Vaccination in the Punjab 1897-1904 - 1897-1904
Year: 1897
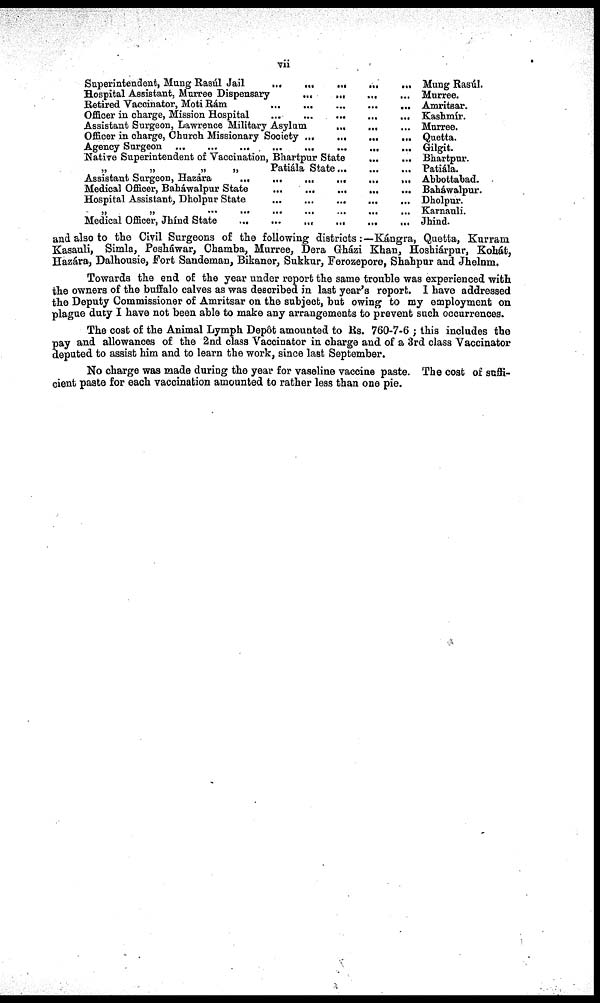
vii
Superintendent, Mung Rasúl Jail
...
...
...
...
...
Hospital Assistant, Murree Dispensary
...
...
...
...
Retired Vaccinator, Moti Rám
...
...
...
...
Officer in charge, Mission Hospital
...
...
...
...
Assistant Surgeon, Lawrence Military Asylum ... ... ...
Officer in charge, Church Missionary Society
...
...
...
Agency Surgeon
...
...
...
...
...
...
...
...
Native Superintendent of Vaccination, Bhartpur State ... ...
„
„
„
„
Patiála State
...
...
...
Assistant Surgeon, Hazára
...
...
...
...
...
...
Medical Officer, Baháwalpur State
...
...
...
...
...
Hospital Assistant, Dholpur State ... ... ... ...
„
„
...
...
...
... ... ...
Medical Officer, Jhínd State
...
...
...
...
...
...
Mung Rasúl.
Murree.
Amritsar.
Kashmír.
Murree.
Quetta.
Gilgit.
Bhartpur.
Patiála.
Abbottabad.
Baháwalpur.
Dholpur.
Karnauli.
Jhind.
and also to the Civil Surgeons of the following districts:—Kángra, Quetta, Kurram.
Kasauli, Simla, Pesháwar, Chamba, Murree, Dera Grházi Khan, Hoshiárpur, Kohát,
Hazára, Dalhousie, Fort Sandeman, Bikaner, Sukkur, Ferozepore, Shahpur and Jhelum.
Towards the end of the year under report the same trouble was experienced with
the owners of the buffalo calves as was described in last year's report. I have addressed
the Deputy Commissioner of Amritsar on the subject, but owing to my employment on
plague duty I have not been able to make any arrangements to prevent such occurrences.
The cost of the Animal Lymph Depôt amounted to Rs. 760-7-6 ; this includes the
pay and allowances of the 2nd class Vaccinator in charge and of a 3rd class Vaccinator
deputed to assist him and to learn the work, since last September.
No charge was made during the year for vaseline vaccine paste. The cost of suffi-
cient paste for each vaccination amounted to rather less than one pie.